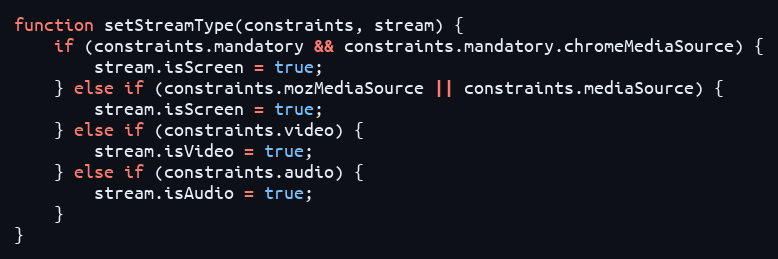
Language: JavaScript
function setStreamType(constraints, stream) {
    if (constraints.mandatory && constraints.mandatory.chromeMediaSource) {
        stream.isScreen = true;
    } else if (constraints.mozMediaSource || constraints.mediaSource) {
        stream.isScreen = true;
    } else if (constraints.video) {
        stream.isVideo = true;
    } else if (constraints.audio) {
        stream.isAudio = true;
    }
}